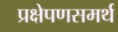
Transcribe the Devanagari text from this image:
प्रक्षेपणसमर्थ